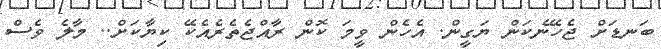
ބަނޑަށް ޖެހޭނެކަން ޔަގީން. އެހެން ވީމަ ކޮން ރާއްޖެތެރެއެކޭ ކިޔާކަށް.. މާލެ ވެސް